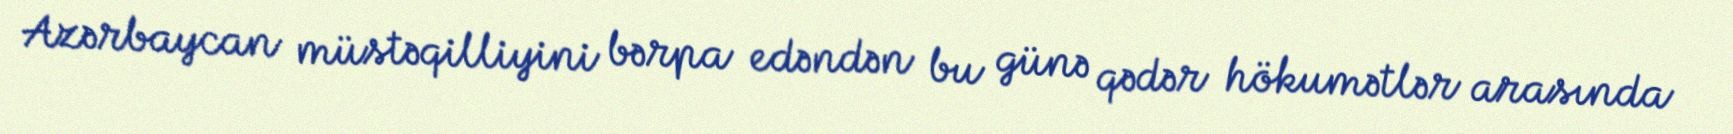
Azərbaycan müstəqilliyini bərpa edəndən bu günə qədər hökumətlər arasında